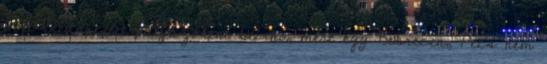
volt Budapestet pályázóként beírni, mert egy Debrecen, Pécs nem